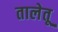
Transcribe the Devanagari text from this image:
तालेतू